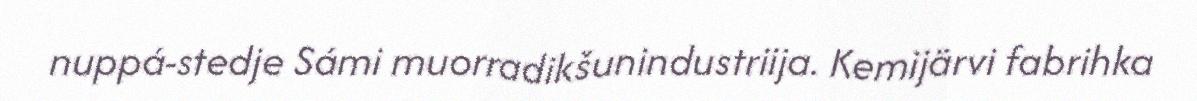
nuppá-stedje Sámi muorradikšunindustriija. Kemijärvi fabrihka